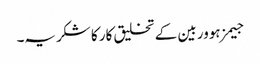
جیمز ہوور بین کے تخلیق کار کا شکریہ۔